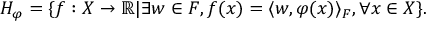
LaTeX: H _ { \varphi } = \{ f : X \to \mathbb { R } | \exists w \in F , f ( x ) = \langle w , \varphi ( x ) \rangle _ { F } , \forall { \mathrm { } } x \in X \} .